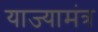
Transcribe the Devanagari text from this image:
याज्यामंत्र